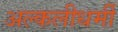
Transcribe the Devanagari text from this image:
अल्कलीधर्मी